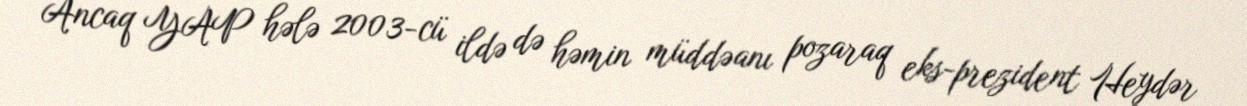
Ancaq YAP hələ 2003-cü ildə də həmin müddəanı pozaraq eks-prezident Heydər